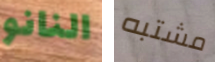
النانو مشتبه